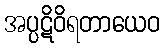
အပ္ပဋိဝိရတာယေဝ